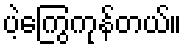
ပဲ့ကြွေကုန်တယ်။